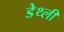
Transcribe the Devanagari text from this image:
डेथ्ली